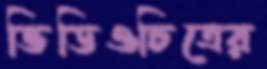
ভিডিওচিত্রের